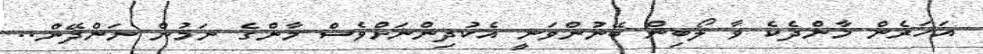
އަހަރެން މާންދެކެ ވާ ލޯބިން ބޭނުންވަނީ އެކުދިންނަށްވެސް މާންގެ ނަމުން ނަންދޭން..